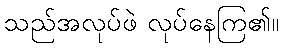
သည်အလုပ်ဖဲ လုပ်နေကြ၏။